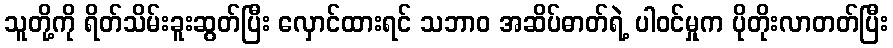
သူတို့ကို ရိတ်သိမ်းခူးဆွတ်ပြီး လှောင်ထားရင် သဘာဝ အဆိပ်ဓာတ်ရဲ့ ပါဝင်မှုက ပိုတိုးလာတတ်ပြီး